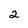
Character: 2